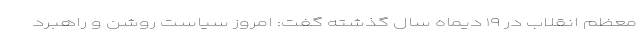
معظم انقلاب در ۱۹ دیماه سال گذشته گفت: امروز سیاست روشن و راهبرد